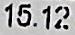
15.12